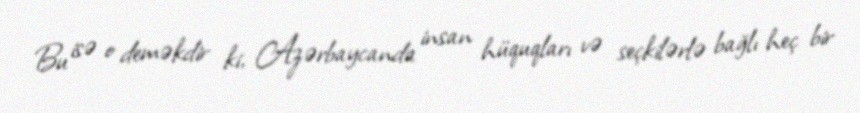
Bu isə o deməkdir ki, Azərbaycanda insan hüquqları və seçkilərlə bağlı heç bir